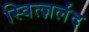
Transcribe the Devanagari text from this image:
स्वित्ज़र्लंद